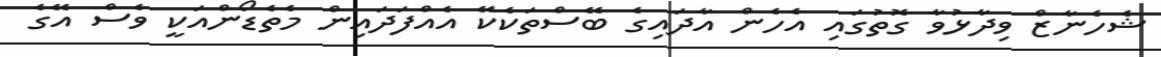
ޝެހެނާޒް ވިދާޅުވާ ގޮތުގައި އެހެން އާދައިގެ ބޭސްތަކެކޭ އެއްފަދައިން މެތެޑޯންއަކީ ވެސް އޭގެ